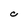
Character: C